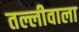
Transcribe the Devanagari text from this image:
तल्लीवाला